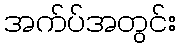
အက်ပ်အတွင်း